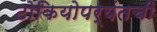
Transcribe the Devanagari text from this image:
टोकियोपर्यंतची